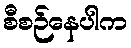
စီစဉ်နေပါက